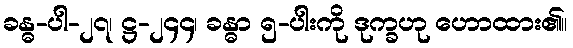
ခန္ဓ-ပါ-၂၇၊ ဋ္ဌ-၂၄၄၊ ခန္ဓာ ၅-ပါးကို ဒုက္ခဟု ဟောထား၏။